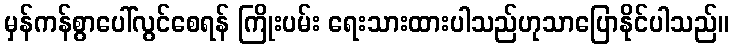
မှန်ကန်စွာပေါ်လွင်စေရန် ကြိုးပမ်း ရေးသားထားပါသည်ဟုသာပြောနိုင်ပါသည်။